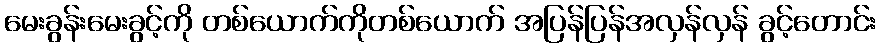
မေးခွန်းမေးခွင့်ကို တစ်ယောက်ကိုတစ်ယောက် အပြန်ပြန်အလှန်လှန် ခွင့်တောင်း